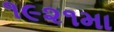
૧૯૨૧મા